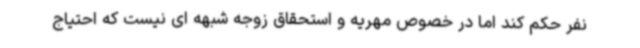
نفر حکم کند اما در خصوص مهریه و استحقاق زوجه شبهه ای نیست که احتیاج